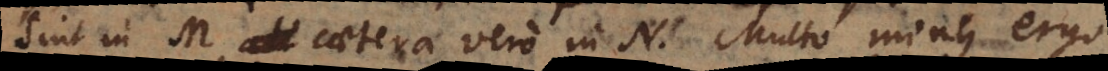
sint in M, caetera vero in N. Multo minus ergo